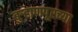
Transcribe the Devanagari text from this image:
बुऱ्हाणपूरच्या